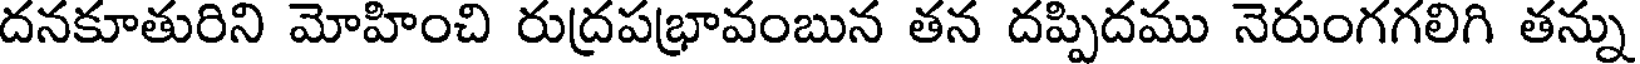
దనకూతురిని మోహించి రుద్రపభ్రావంబున తన దప్పిదము నెరుంగగలిగి తన్ను